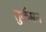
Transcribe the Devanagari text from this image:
तुर्कमन